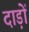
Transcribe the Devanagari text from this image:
दाड़ों